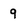
Character: 9